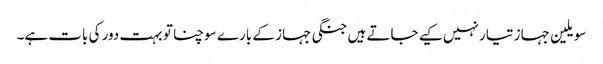
سویلین جہاز تیار نہیں کیے جاتے ہیں جنگی جہاز کے بارے سوچنا تو بہت دور کی بات ہے۔